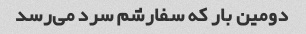
دومین بار که سفارشم سرد می‌رسد